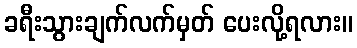
ခရီးသွားချက်လက်မှတ် ပေးလို့ရလား။